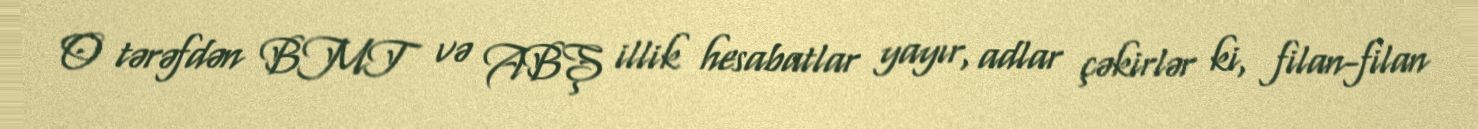
O tərəfdən BMT və ABŞ illik hesabatlar yayır, adlar çəkirlər ki, filan-filan